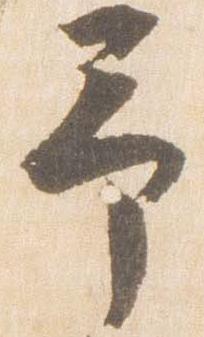
予